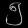
Digit: ၅